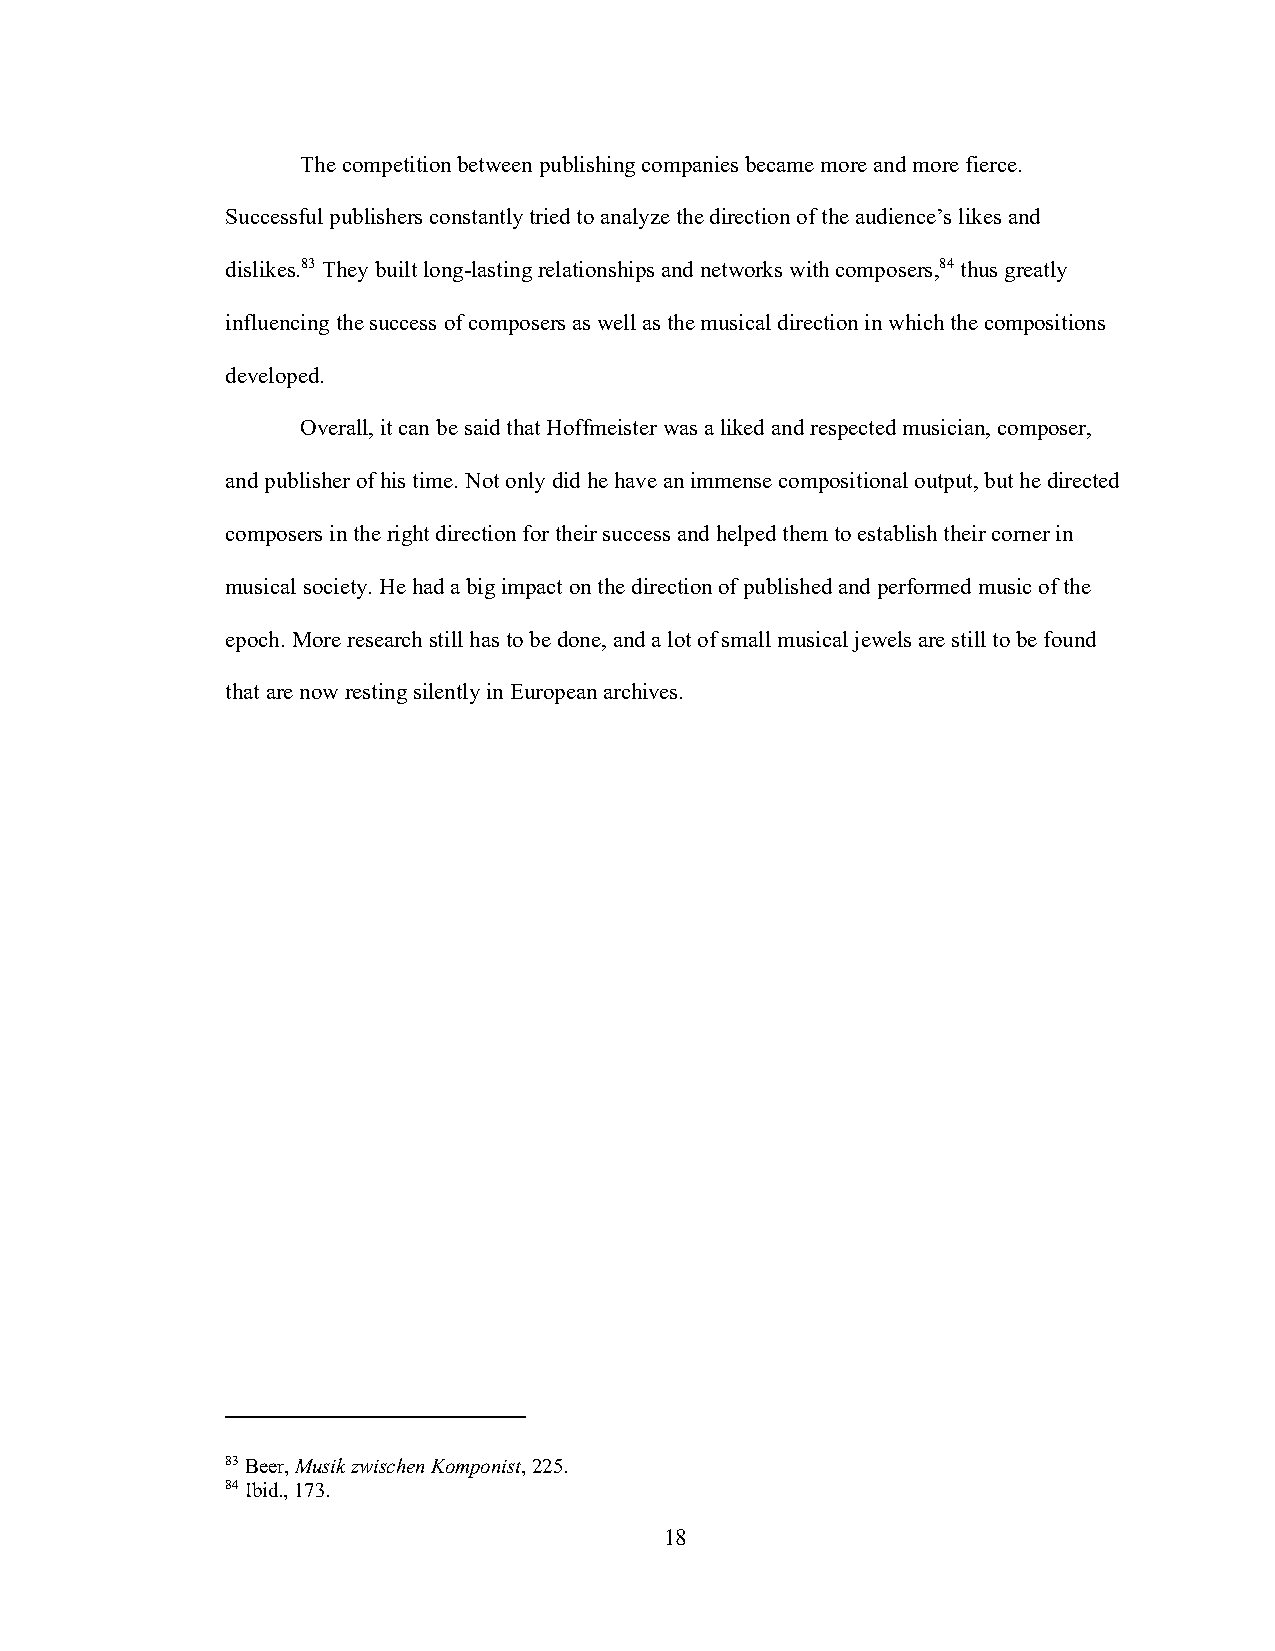
The competition between publishing companies became more and more fierce.
 Successful publishers constantly tried to analyze the direction of the audience’s likes and
 dislikes.83 They built long-lasting relationships and networks with composers,84 thus greatly
 influencing the success of composers as well as the musical direction in which the compositions
 developed.
 Overall, it can be said that Hoffmeister was a liked and respected musician, composer,
 and publisher of his time. Not only did he have an immense compositional output, but he directed
 composers in the right direction for their success and helped them to establish their corner in
 musical society. He had a big impact on the direction of published and performed music of the
 epoch. More research still has to be done, and a lot of small musical jewels are still to be found
 that are now resting silently in European archives.
 83 Beer, Musik zwischen Komponist, 225.
 84 Ibid., 173.
 18